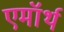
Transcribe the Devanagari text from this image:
एमॉर्थ